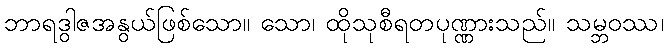
ဘာရဒွါဇအနွယ်ဖြစ်သော။ သော၊ ထိုသုစီရတပုဏ္ဏားသည်။ သမ္ဘဝဿ၊